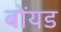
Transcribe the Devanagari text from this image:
बोंयड